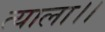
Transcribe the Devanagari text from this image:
त्याला।।